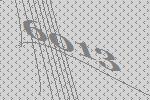
6013